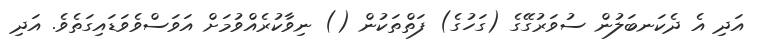
އަދި އެ ދެކަނބަލުން ސުވަރުގޭގެ (ގަހުގެ) ފަތްތަކުން () ނިވާކުރެއްވުމަށް އަވަސްވެވަޑައިގަތެވެ. އަދި